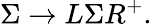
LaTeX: \Sigma\rightarrow L\Sigma R^{+}.